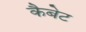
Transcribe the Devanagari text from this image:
कैबेट